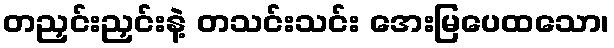
တညှင်းညှင်းနဲ့ တသင်းသင်း အေးမြပေထသော၊